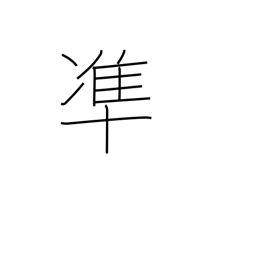
Meaning: conform